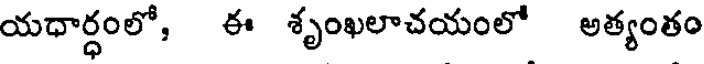
యధార్ధంలో, ఈ శృంఖలాచయంలో అత్యంతం